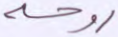
روحه